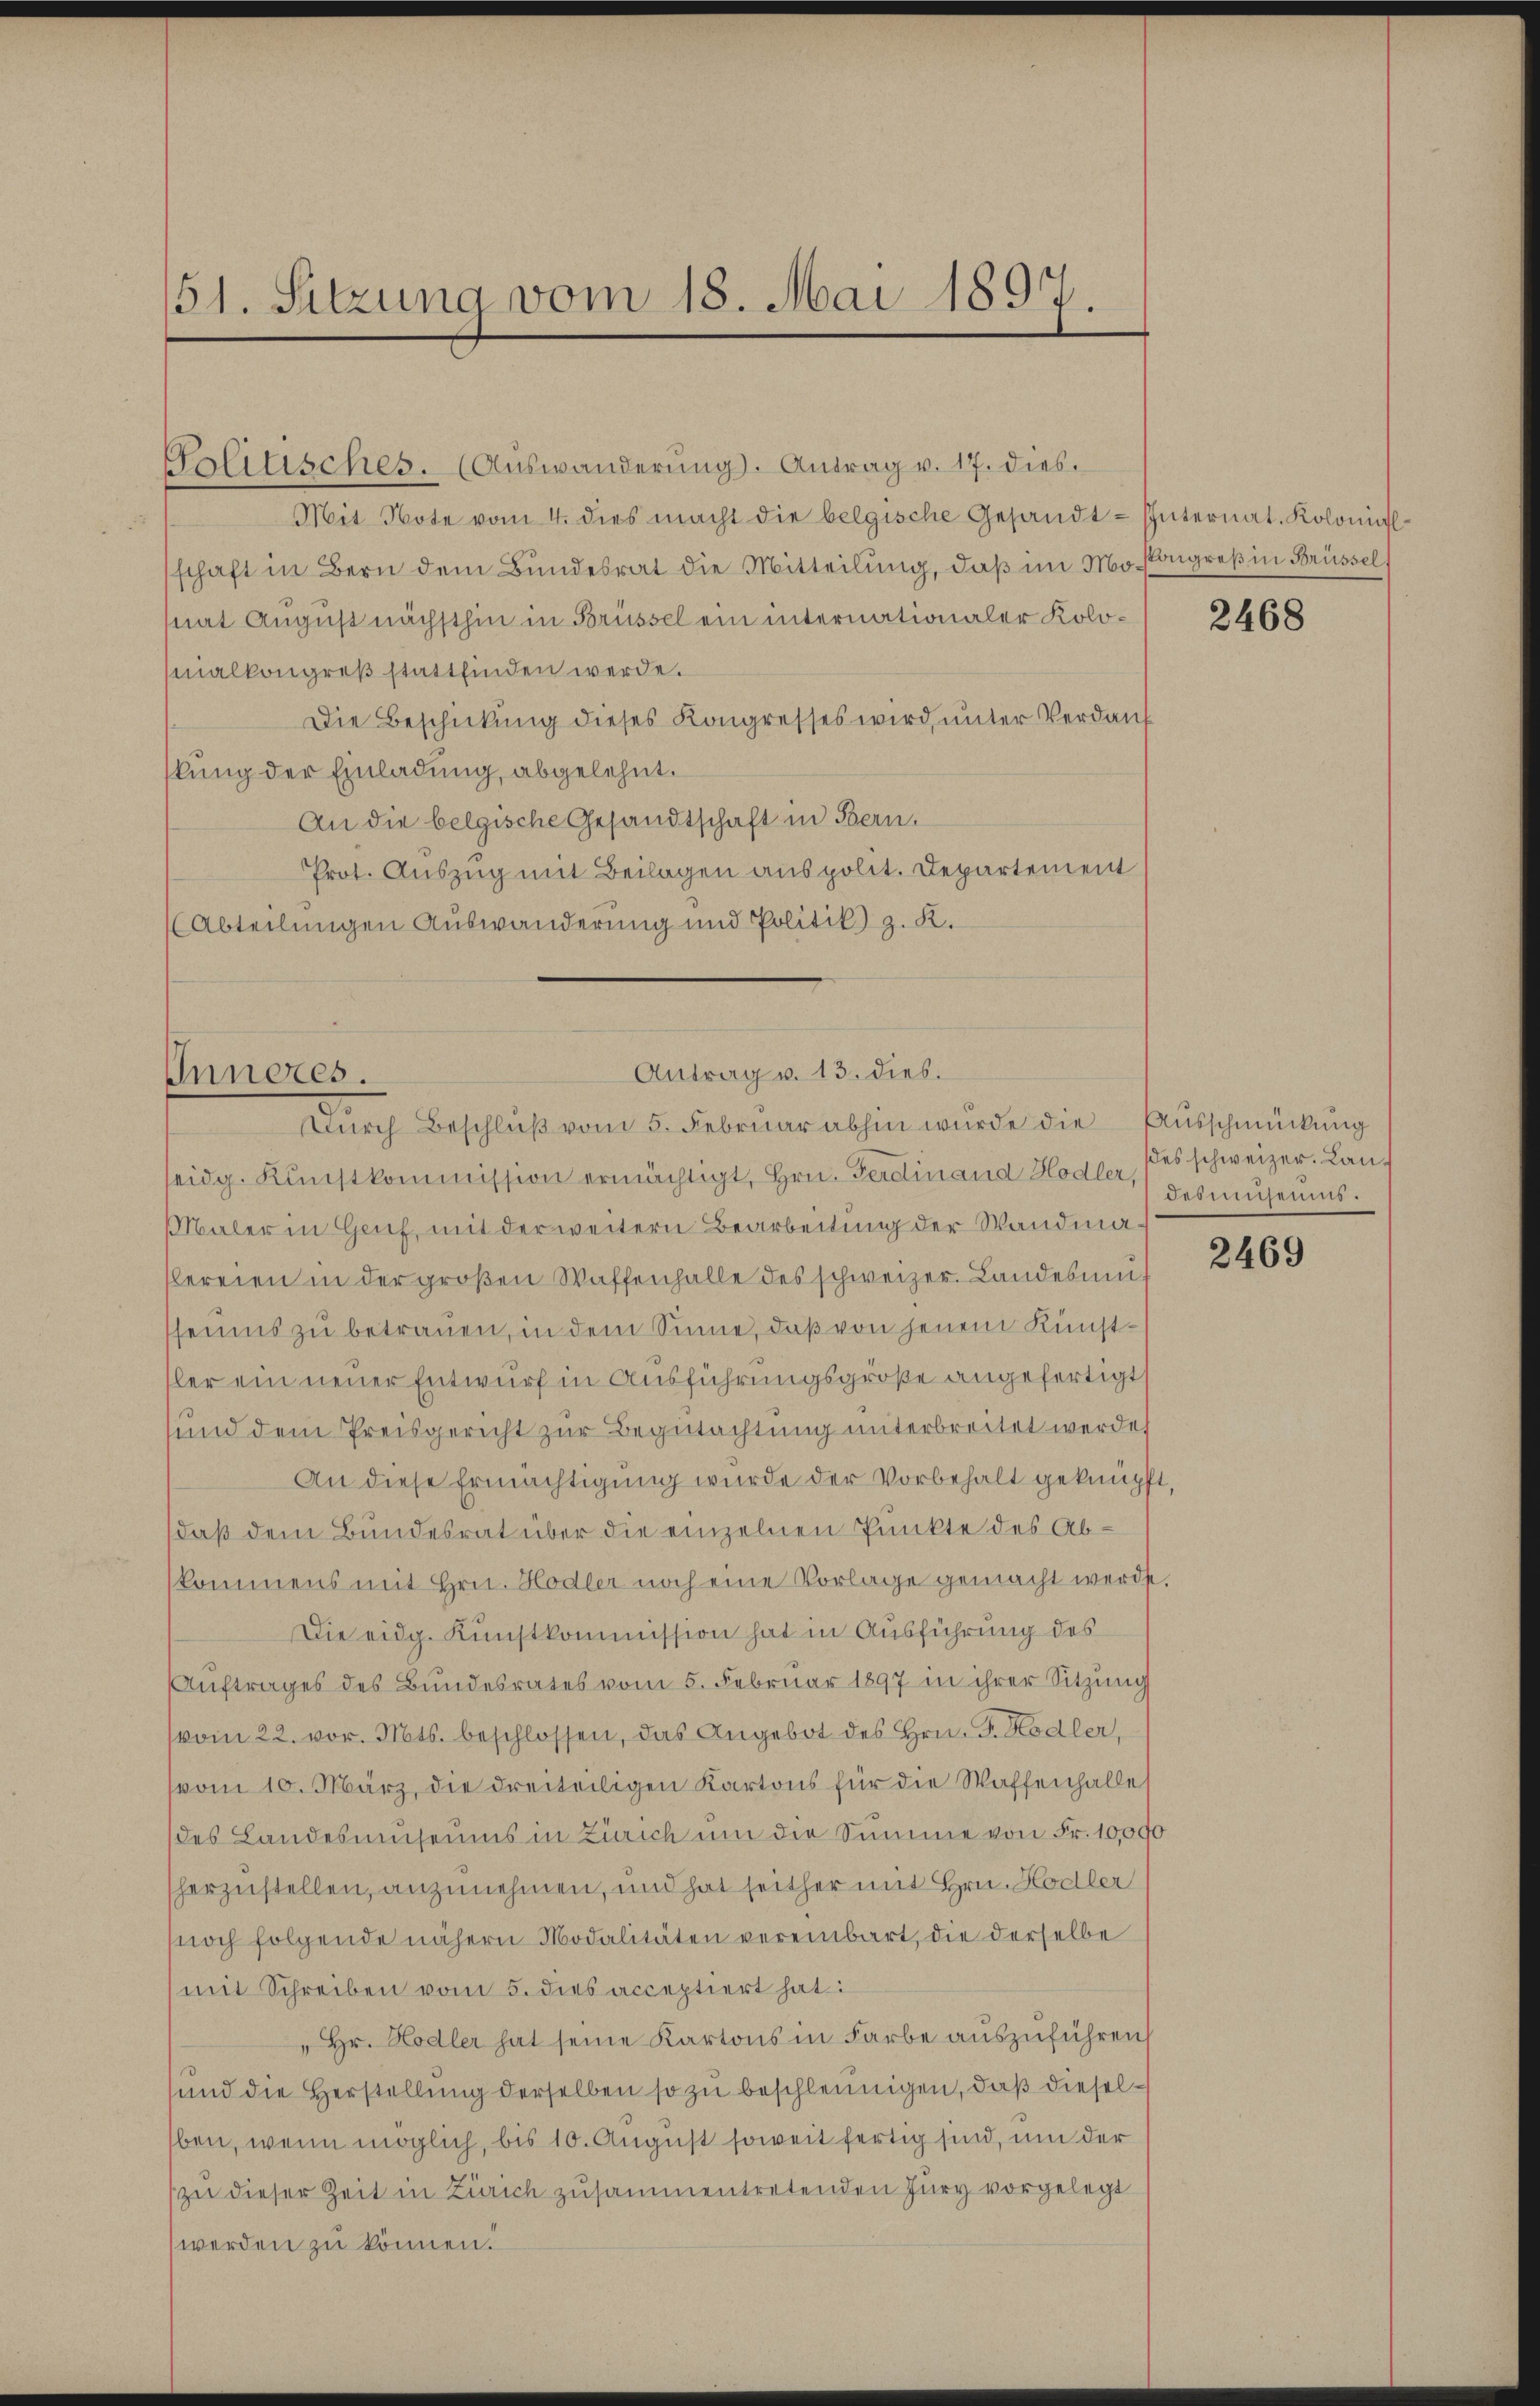
51. Sitzung vom 18. Mai 1897.

Inneres.

Politisches. (Auswanderŭng. Antrag v. 17. dies.
Mit Note vom 4. dies macht die belgische Gesandt-Internat. Kolonial-
schaft in Bern dem Bundesrat die Mitteilung, daß im Mosongreß in Brüssel
nat August nächsthin in Brüssel ein internationaler Kolomialkongreß stattfinden werde.
Die Beschickung dieses Kongresses wird ŭnter Verdanf
kung der Einladung abgelehnt.
An die belgische Gesandtschaft in Bern.
Prot. Auszug mit Beilagen aus polit. Departement
(Abteilungen Auswanderung und Politik) z. K.
seidg. Kŭnstkommission ermächtigt, Hrn. Ferdinand Hodler, (es schweizer. Lan¬
Maler in Genf, mit der weitern Bearbeitung der Wandmalereien in der großen Waffenhalle des schweizer Landesumf
seums zu betrauen, in dem Sinne, daß von jenem Kunstler ein neuer Entwurf in Ausführungsgröße angefertigt,
sund dem Preisgericht zur Begutachtung unterbreitet werde
An diese Ermächtigung wurde der Vorbehalt geknüpft,
daß dem Bundesrat über die einzelnen Punkte des Abkommens mit Hrn. Hodler noch eine Vorlage gemacht werde.
Die eidg. Kunstkommission hat in Ausführung des
Aŭftrages des Bundesrates vom 5. Februar 1897 in ihrer Sitzŭng
vom 22. vor. Mts. beschlossen, das Angebot des Hrn. F. Hodler,
vom 10. März, die dreiteiligen Kartons für die Waffenhalle
des Landesmuseums in Zürich um die Summe von Fr. 10,000
herzustellen, anzunehmen, und hat seither mit Hrn. Hodler
noch folgende nähern Modalitäten vereinbart, die derselbe
mit Schreiben vom 5. dies acceptiert hat
" Hr. Hodler hat seine Kartons in Farbe auszuführen,
und die Herstellung derselben so zu beschleunigen, daß dieselben, wenn möglich, bis 10. August soweit fertig sind, um der
zu dieser Zeit in Zürich zusammentretenden Jury vorgelegt
werden zu können.

Antrag v. 13. dies.
Dŭrch Beschlŭβ vom 5. Febrŭar abhin wurde die Aŭsschmückung

2468

deouseums.

2469